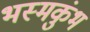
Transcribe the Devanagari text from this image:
भस्मकुंभ